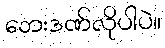
ဘေးဒဏ်လိုပါပဲ။